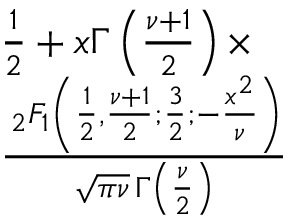
{ \begin{array} { l } { { \frac { 1 } { 2 } } + x \Gamma \left( { \frac { \nu + 1 } { 2 } } \right) \times } \\ { { \frac { \, _ { 2 } F _ { 1 } \left( { \frac { 1 } { 2 } } , { \frac { \nu + 1 } { 2 } } ; { \frac { 3 } { 2 } } ; - { \frac { x ^ { 2 } } { \nu } } \right) } { { \sqrt { \pi \nu } } \, \Gamma \left( { \frac { \nu } { 2 } } \right) } } } \end{array} }